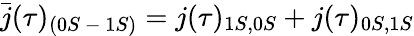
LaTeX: \bar{j}(\tau)_{(0S\mathrm{~-~}1S)}=j(\tau)_{1S,0S}+j(\tau)_{0S,1S}